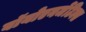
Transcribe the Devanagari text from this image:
बॉयोएनर्जेटिक्स